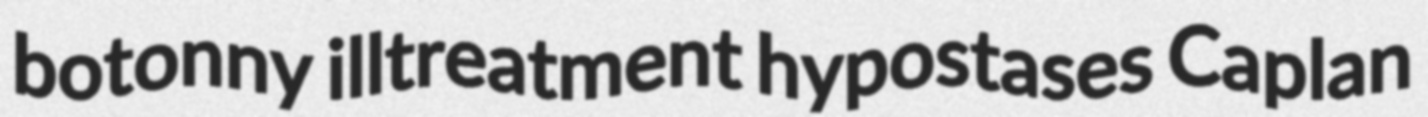
botonny illtreatment hypostases Caplan